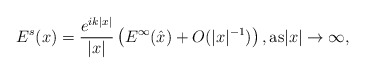
\begin{align*}E^s(x)=\frac{e^{i k|x|}}{|x|}\left(E^\infty(\hat{x})+O(|x|^{-1})\right),\mbox{as}|x|\rightarrow \infty,\end{align*}